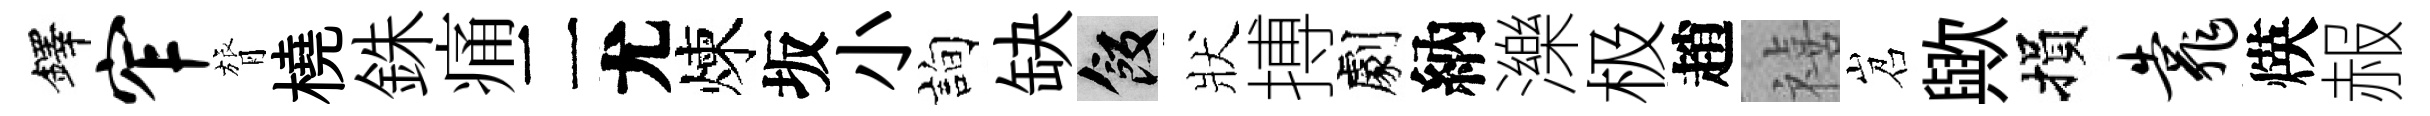
鐸窄膂橈銖痛二尤煉坂小詢缺飯狀搏劇納濼极趙禧岧歟損靠煐赧